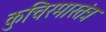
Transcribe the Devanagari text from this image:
कुचिरमारतंत्र